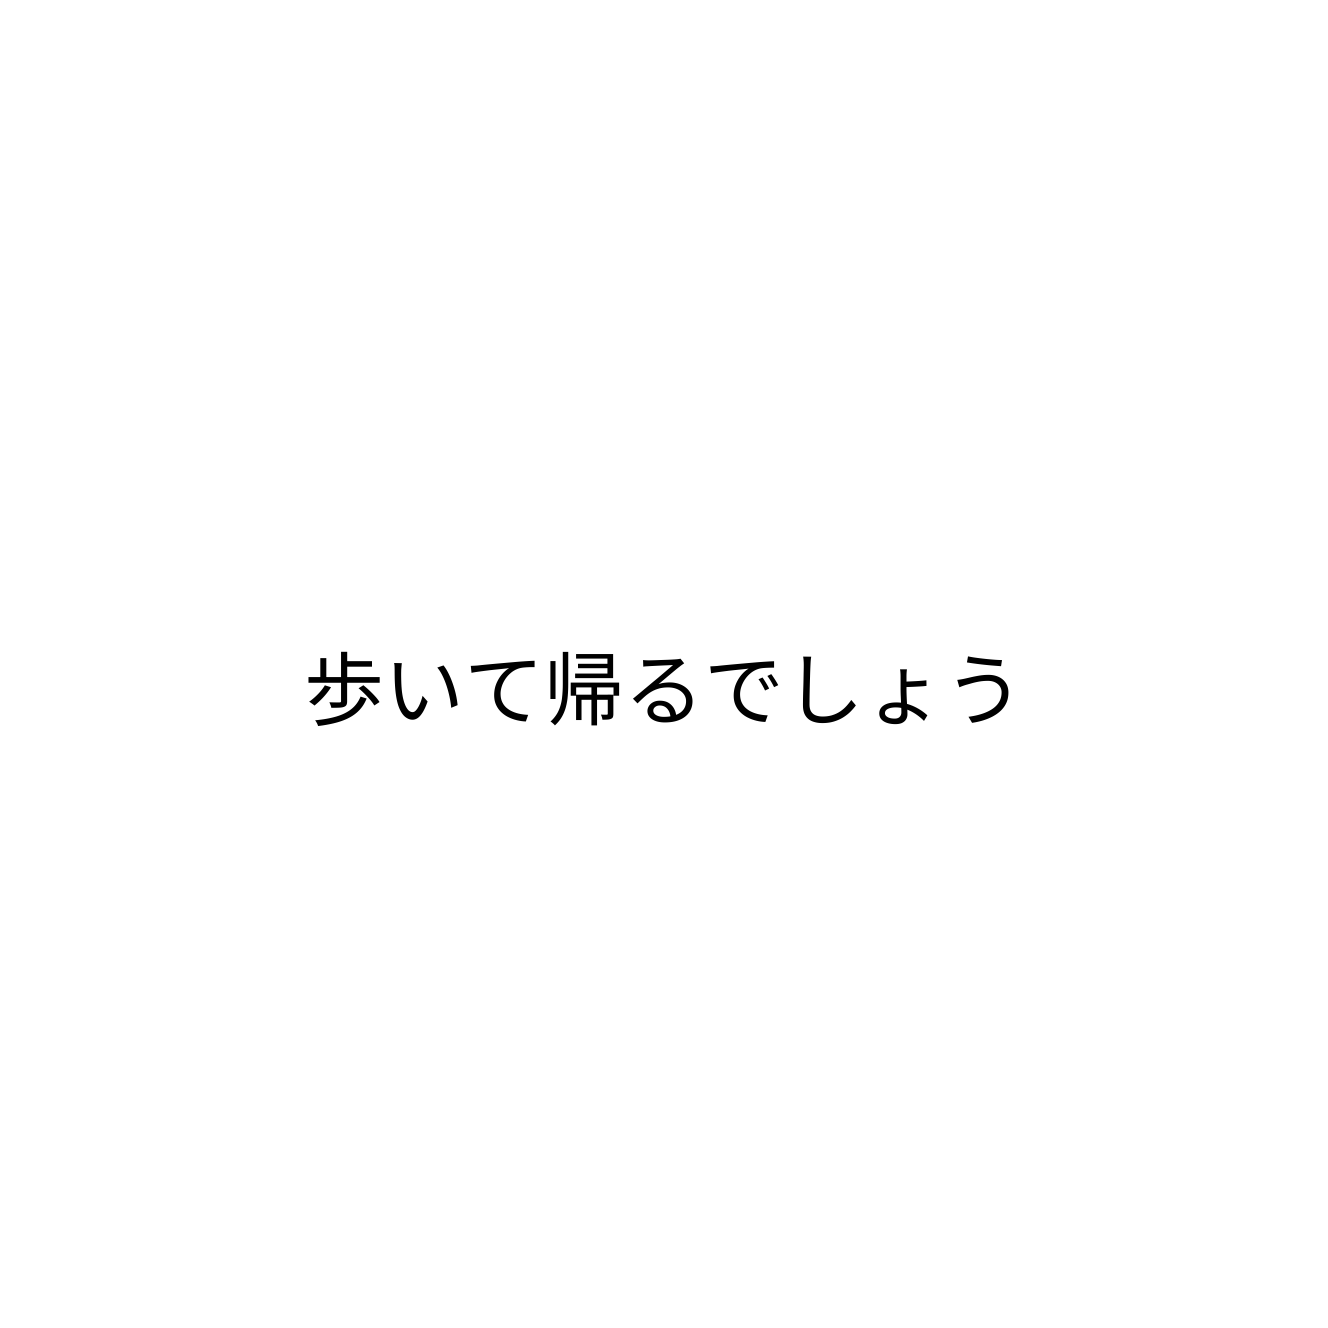
歩いて帰るでしょう